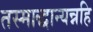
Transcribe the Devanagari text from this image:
तस्माद्धान्यन्नहि